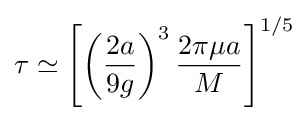
\tau \simeq \left[\left({\frac {2a}{9g}}\right)^{3}{\frac {2\pi \mu a}{M}}\right]^{1/5}